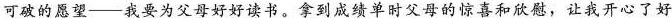
可破的愿望--我要为父母好好读书。拿到成绩单时父母的惊喜和欣慰，让我开心了好